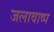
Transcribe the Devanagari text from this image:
जलावाष्प